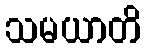
သမယာတိ